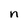
Character: n